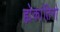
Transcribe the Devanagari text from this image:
ह्येकांतिनो